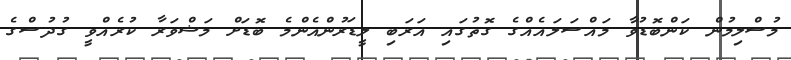
މުސްލިމުން ކަންބޮޑުވާ މައްސަލައެއްގެ ގޮތުގައި އަރަބި ލީޑަރުންއެންމެ ބޮޑަށް މަޝްވަރާ ކުރެއްވީ ގުދުސްގެ